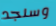
وسنجد